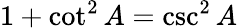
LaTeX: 1+\cot^{2}A=\csc^{2}A